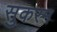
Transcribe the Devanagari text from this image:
सुकरम